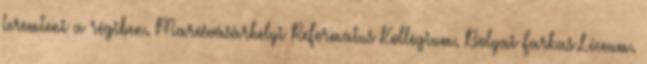
teremteni a régiben. Marosvásárhelyi Református Kollégium. Bolyai Farkas Líceum.